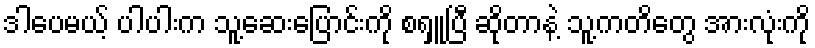
ဒါပေမယ့် ပါပါးက သူ့ဆေးပြောင်းကို စရှူပြီ ဆိုတာနဲ့ သူ့ကတိတွေ အားလုံးကို